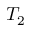
T _ { 2 }